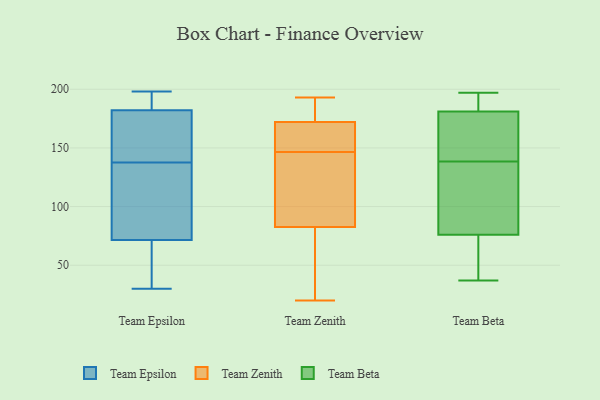
{"axis": {"x": "Active Users", "y": "Value"}, "legend": ["Team Beta", "Team Epsilon", "Team Zenith"], "data": [{"x": "", "y": 170, "type": "Team Epsilon"}, {"x": "", "y": 154, "type": "Team Epsilon"}, {"x": "", "y": 124, "type": "Team Epsilon"}, {"x": "", "y": 198, "type": "Team Epsilon"}, {"x": "", "y": 30, "type": "Team Epsilon"}, {"x": "", "y": 184, "type": "Team Epsilon"}, {"x": "", "y": 151, "type": "Team Epsilon"}, {"x": "", "y": 58, "type": "Team Epsilon"}, {"x": "", "y": 107, "type": "Team Epsilon"}, {"x": "", "y": 169, "type": "Team Epsilon"}, {"x": "", "y": 71, "type": "Team Epsilon"}, {"x": "", "y": 45, "type": "Team Epsilon"}, {"x": "", "y": 194, "type": "Team Epsilon"}, {"x": "", "y": 78, "type": "Team Epsilon"}, {"x": "", "y": 188, "type": "Team Epsilon"}, {"x": "", "y": 89, "type": "Team Epsilon"}, {"x": "", "y": 180, "type": "Team Epsilon"}, {"x": "", "y": 191, "type": "Team Epsilon"}, {"x": "", "y": 37, "type": "Team Epsilon"}, {"x": "", "y": 72, "type": "Team Epsilon"}, {"x": "", "y": 32, "type": "Team Zenith"}, {"x": "", "y": 109, "type": "Team Zenith"}, {"x": "", "y": 104, "type": "Team Zenith"}, {"x": "", "y": 80, "type": "Team Zenith"}, {"x": "", "y": 188, "type": "Team Zenith"}, {"x": "", "y": 169, "type": "Team Zenith"}, {"x": "", "y": 193, "type": "Team Zenith"}, {"x": "", "y": 140, "type": "Team Zenith"}, {"x": "", "y": 160, "type": "Team Zenith"}, {"x": "", "y": 23, "type": "Team Zenith"}, {"x": "", "y": 153, "type": "Team Zenith"}, {"x": "", "y": 178, "type": "Team Zenith"}, {"x": "", "y": 181, "type": "Team Zenith"}, {"x": "", "y": 160, "type": "Team Zenith"}, {"x": "", "y": 104, "type": "Team Zenith"}, {"x": "", "y": 175, "type": "Team Zenith"}, {"x": "", "y": 20, "type": "Team Zenith"}, {"x": "", "y": 85, "type": "Team Zenith"}, {"x": "", "y": 62, "type": "Team Zenith"}, {"x": "", "y": 164, "type": "Team Zenith"}, {"x": "", "y": 37, "type": "Team Beta"}, {"x": "", "y": 102, "type": "Team Beta"}, {"x": "", "y": 38, "type": "Team Beta"}, {"x": "", "y": 76, "type": "Team Beta"}, {"x": "", "y": 165, "type": "Team Beta"}, {"x": "", "y": 157, "type": "Team Beta"}, {"x": "", "y": 50, "type": "Team Beta"}, {"x": "", "y": 193, "type": "Team Beta"}, {"x": "", "y": 120, "type": "Team Beta"}, {"x": "", "y": 189, "type": "Team Beta"}, {"x": "", "y": 63, "type": "Team Beta"}, {"x": "", "y": 77, "type": "Team Beta"}, {"x": "", "y": 197, "type": "Team Beta"}, {"x": "", "y": 89, "type": "Team Beta"}, {"x": "", "y": 173, "type": "Team Beta"}, {"x": "", "y": 181, "type": "Team Beta"}, {"x": "", "y": 178, "type": "Team Beta"}, {"x": "", "y": 196, "type": "Team Beta"}]}